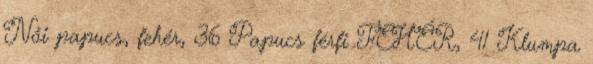
Női papucs, fehér, 36 Papucs férfi FEHÉR, 41 Klumpa